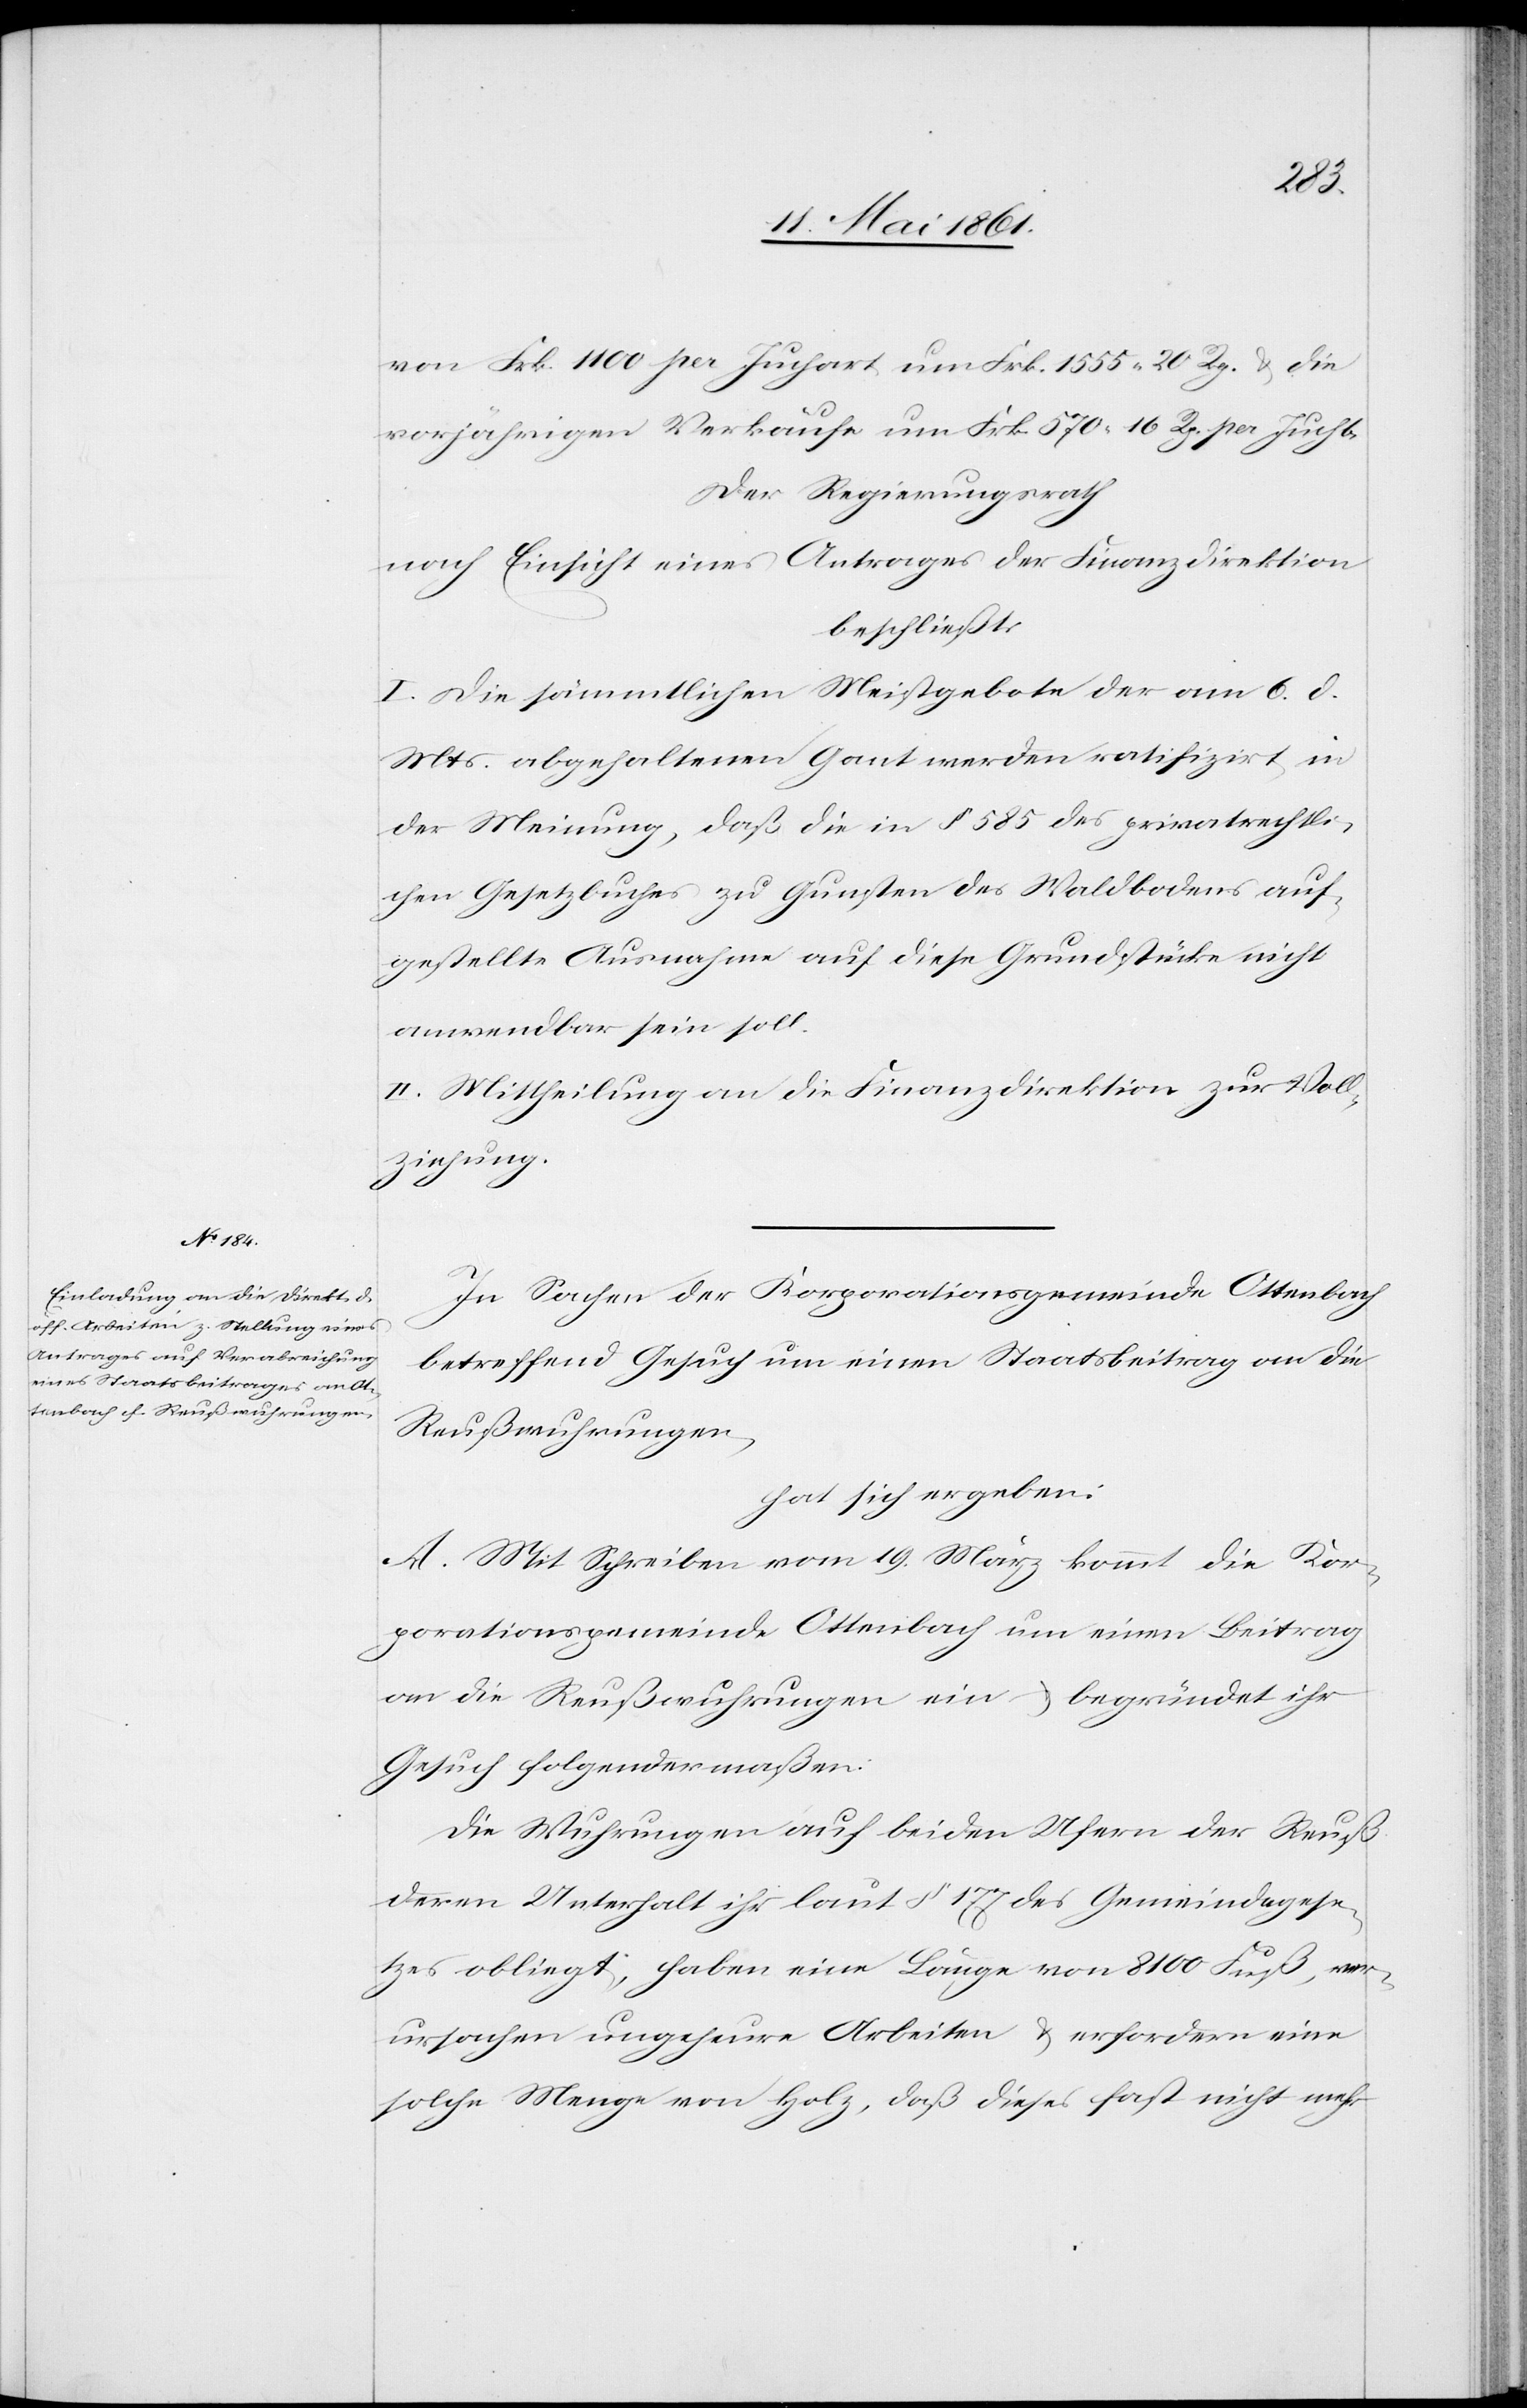
ziehung
von Frk. 1100 pr. Juchart um Frk. 1555 20 Rp. u. die
vorjährigen Verkäufe um Frk. 570 16 Rp. pr. Juch[a¬
Der Regierungsrath
nach Einsicht eines Antrages der Finanzdirektion
beschließt:
I. Die sämmtlichen Meistgebote der am 6. d.
Mts. abgehaltenen Gant werden ratifizirt, in
der Meinung, daß die in § 585 des privatrechtli¬
chen Gesetzbuches zu Gunsten des Waldbodens auf¬
gestellte Ausnahme auf diese Grundstücke nicht
anwendbar sein soll.
II. Mittheilung an die Finanzdirektion zur Voll¬
rt].
In Sachen der Korporationsgemeinde Ottenbach
betreffend Gesuch um einen Staatsbeitrag an die
Reußwuhrungen,
hat sich ergeben:
A. Mit Schreiben vom 19. März kommt die Kor¬
porationsgemeinde Ottenbach um einen Beitrag
an die Reußwuhrungen ein u. begründet ihr
Gesuch folgendermaßen:
Die Wuhrungen auf beiden Ufern der Reuß
deren Unterhalt ihr laut § 177 des Gemeindegese¬
tzes obliegt, haben eine Länge von 8100 Fuß, ver¬
ursachen ungeheure Arbeiten u. erfordern eine
solche Menge von Holz, daß diese fast nicht mehr